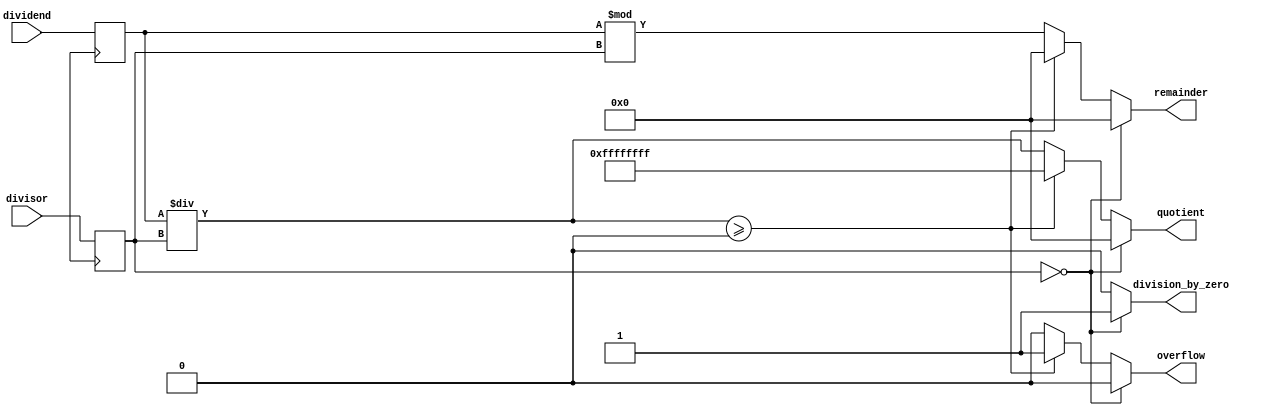
module asynchronous_divider(
    input [31:0] dividend,
    input [31:0] divisor,
    output reg [31:0] quotient,
    output reg [31:0] remainder,
    output reg division_by_zero,
    output reg overflow
);

// Initialize variables
reg [31:0] dividend_reg;
reg [31:0] divisor_reg;
reg [31:0] temp_quotient;
reg [31:0] temp_remainder;

// Assign input values to internal registers
always @ (posedge clk) begin
    dividend_reg <= dividend;
    divisor_reg <= divisor;
end

// Asynchronous division operation
always @ (*) begin
    if(divisor_reg == 0) begin
        quotient <= 0;
        remainder <= 0;
        division_by_zero <= 1;
        overflow <= 0;
    end else begin
        temp_quotient = dividend_reg / divisor_reg;
        temp_remainder = dividend_reg % divisor_reg;
        
        // Check for overflow condition
        if(temp_quotient >= 2**32) begin
            quotient <= 2**32 - 1;
            remainder <= 0;
            division_by_zero <= 0;
            overflow <= 1;
        end else begin
            quotient <= temp_quotient;
            remainder <= temp_remainder;
            division_by_zero <= 0;
            overflow <= 0;
        end
    end
end

endmodule